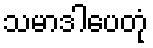
သမာဒါပေတုံ